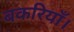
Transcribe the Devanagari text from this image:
बकरियाँ।